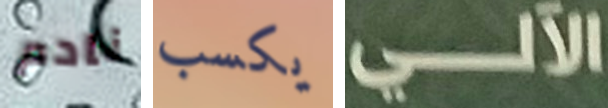
نادم يكسب الآلي